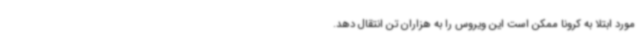
مورد ابتلا به کرونا ممکن است این ویروس را به هزاران تن انتقال دهد.